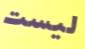
ليست